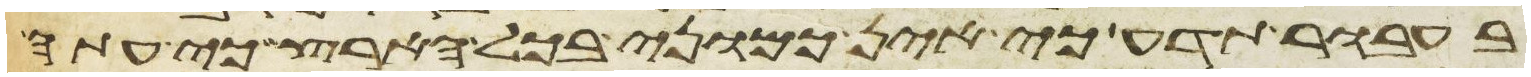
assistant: בעבור תדע כי אין כמוני בכל הארץ כי עתה